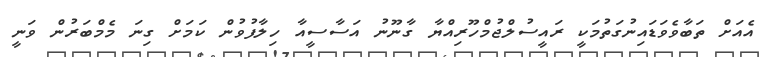
އެއަށް ތަބާވެވަޑައިނުގަތުމަކީ ރައީސުލްޖުމްހޫރިއްޔާ ގާނޫނު އަސާސީއާ ހިލާފުވުން ކަމަށް ގިނަ މެމްބަރުން ވަނީ